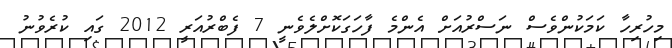
މިހުރިހާ ކަމަކުންވެސް ނަސްރުއަށް އެންމެ ފާހަގަކޮށްލެވެނީ 7 ފެބްރުއަރީ 2012 ގައި ކުރެވުނު